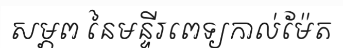
សម្ភព នៃមន្ទីរពេទ្យកាល់ម៉ែត